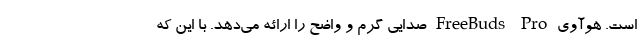
است. هوآوی FreeBuds Pro صدایی گرم و واضح را ارائه می‌دهد. با این که